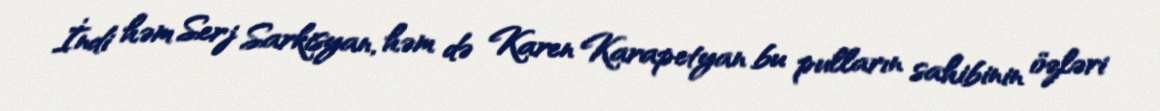
İndi həm Serj Sarkisyan, həm də Karen Karapetyan bu pulların sahibinin özləri